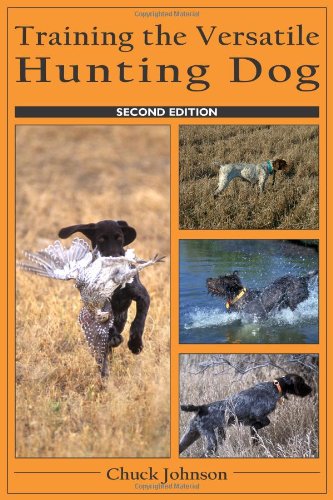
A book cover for Training the Versatile Hunting Dog; Chuck Johnson; Sports & Outdoors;